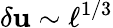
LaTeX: \delta\mathbf{u}\sim\ell^{1/3}